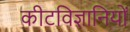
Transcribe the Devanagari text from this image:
कीटविज्ञानियों